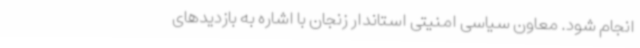
انجام شود. معاون سیاسی امنیتی استاندار زنجان با اشاره به بازدیدهای